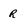
Character: R